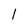
Character: l